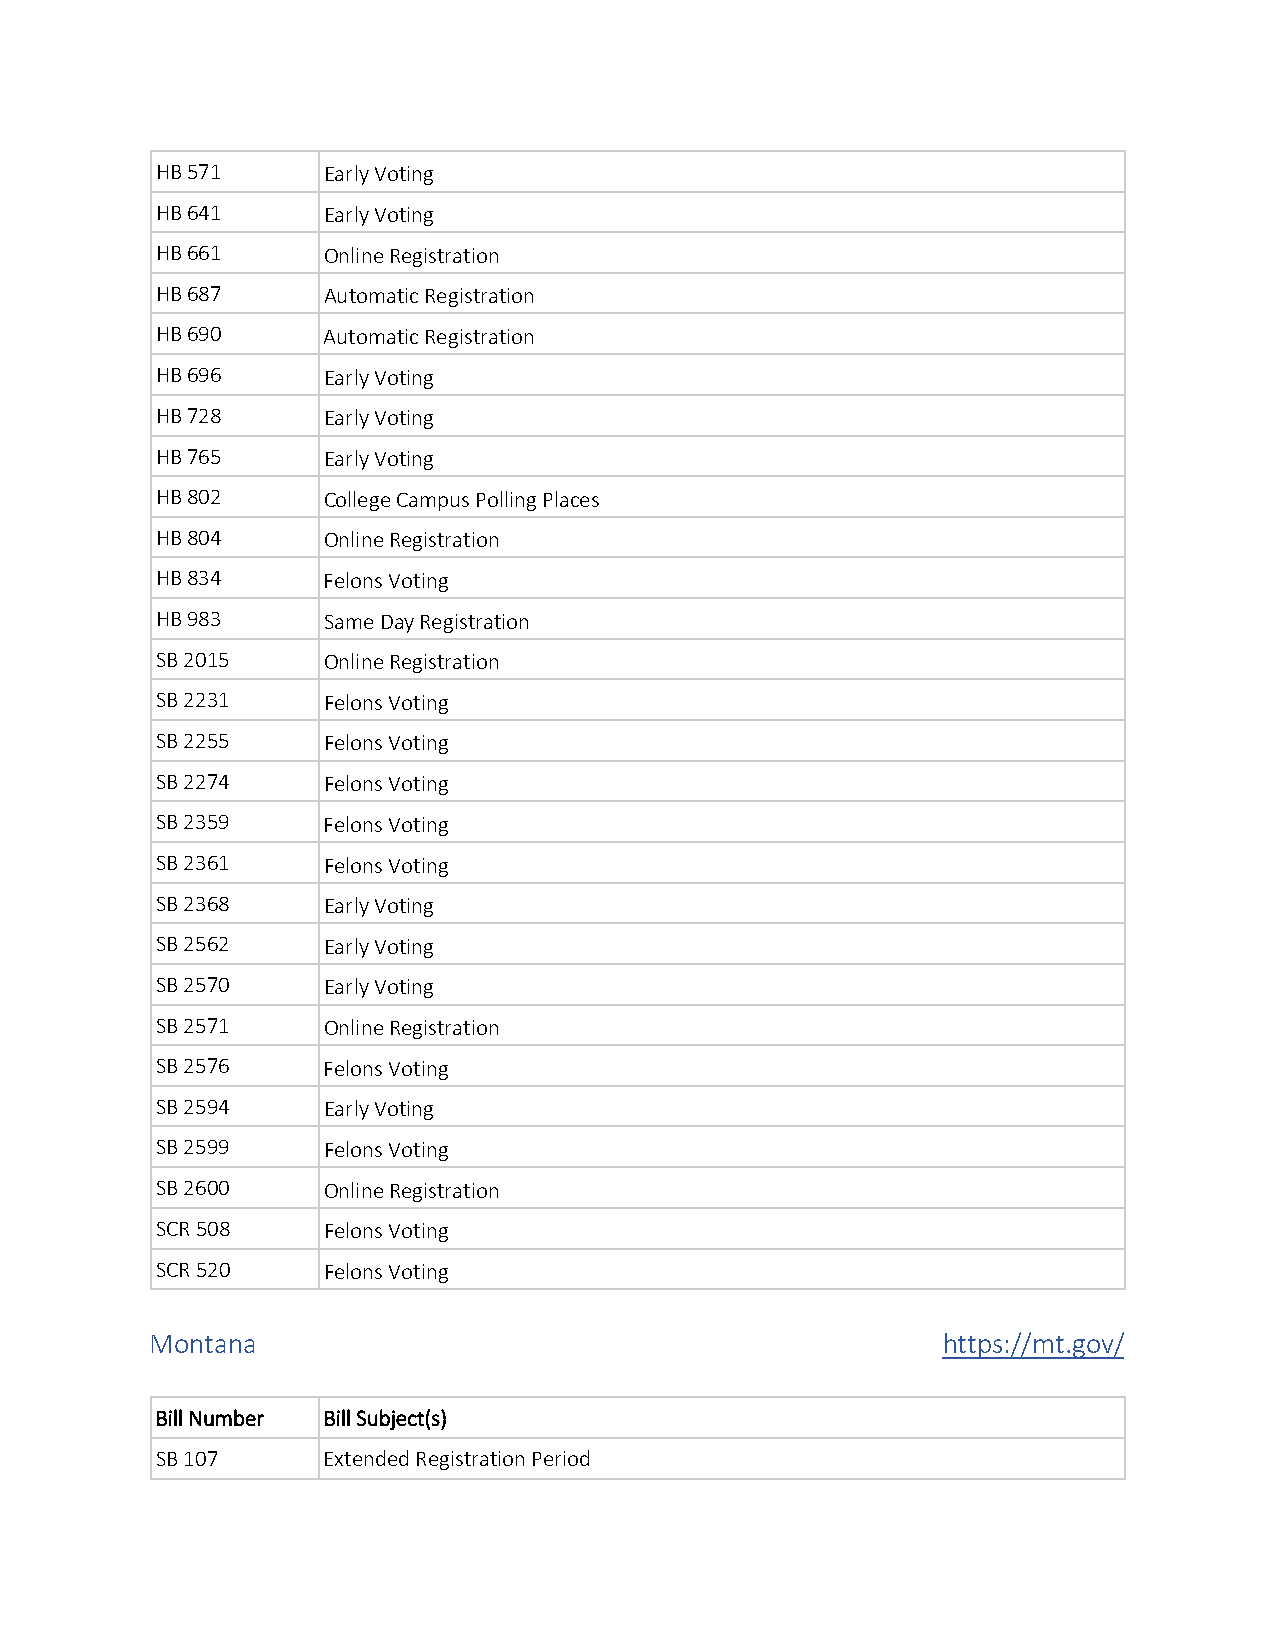
HB 571     Early Voting
 HB 641     Early Voting
 HB 661     Online Registration
 HB 687     Automatic Registration
 HB 690     Automatic Registration
 HB 696     Early Voting
 HB 728     Early Voting
 HB 765     Early Voting
 HB 802     College Campus Polling Places
 HB 804     Online Registration
 HB 834     Felons Voting
 HB 983     Same Day Registration
 SB 2015    Online Registration
 SB 2231    Felons Voting
 SB 2255    Felons Voting
 SB 2274    Felons Voting
 SB 2359    Felons Voting
 SB 2361    Felons Voting
 SB 2368    Early Voting
 SB 2562    Early Voting
 SB 2570    Early Voting
 SB 2571    Online Registration
 SB 2576    Felons Voting
 SB 2594    Early Voting
 SB 2599    Felons Voting
 SB 2600    Online Registration
 SCR 508    Felons Voting
 SCR 520    Felons Voting
 Montana                                             https://mt.gov/
 Bill Number Bill Subject(s)
 SB 107     Extended Registration Period